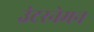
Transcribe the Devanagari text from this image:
उंटरनेमन